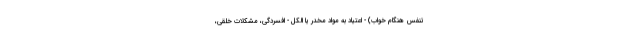
تنفس هنگام خواب) - اعتیاد به مواد مخدر یا الکل - افسردگی، مشکلات خلقی،